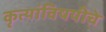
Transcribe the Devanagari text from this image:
कृत्यांविषयीचे